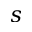
s